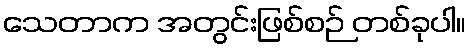
သေတာက အတွင်းဖြစ်စဉ် တစ်ခုပါ။